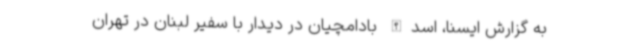
به گزارش ایسنا، اسدالله بادامچیان در دیدار با سفیر لبنان در تهران